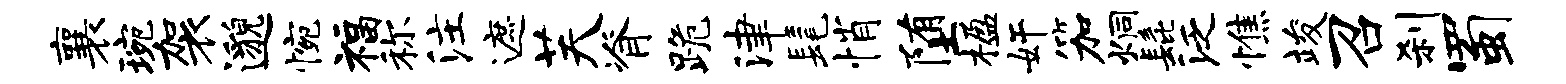
襄琬袈邈惋福称注遮芙脊跪津髦悄堕楹奸笳炯髭泛憔竣召刹蜀